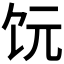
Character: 𫗟